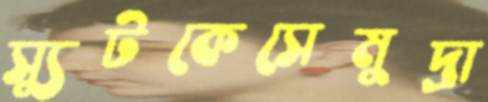
স্যুটকেসেমুদ্রা